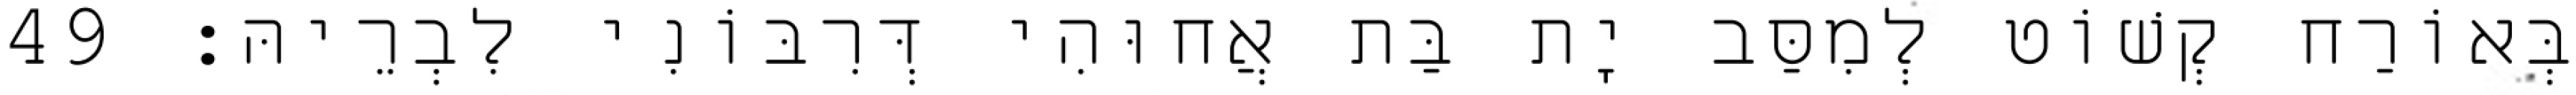
בְּאוֹרַח קְשׁוֹט לְמִסַּב יָת בַּת אֲחוּהִי דְּרִבּוֹנִי לִבְרֵיהּ׃ 49